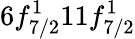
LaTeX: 6f_{7/2}^{1}11f_{7/2}^{1}